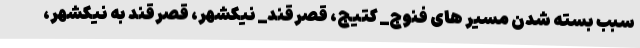
سبب بسته شدن مسیر های فنوج_ کتیج، قصرقند_ نیکشهر، قصرقند به نیکشهر،